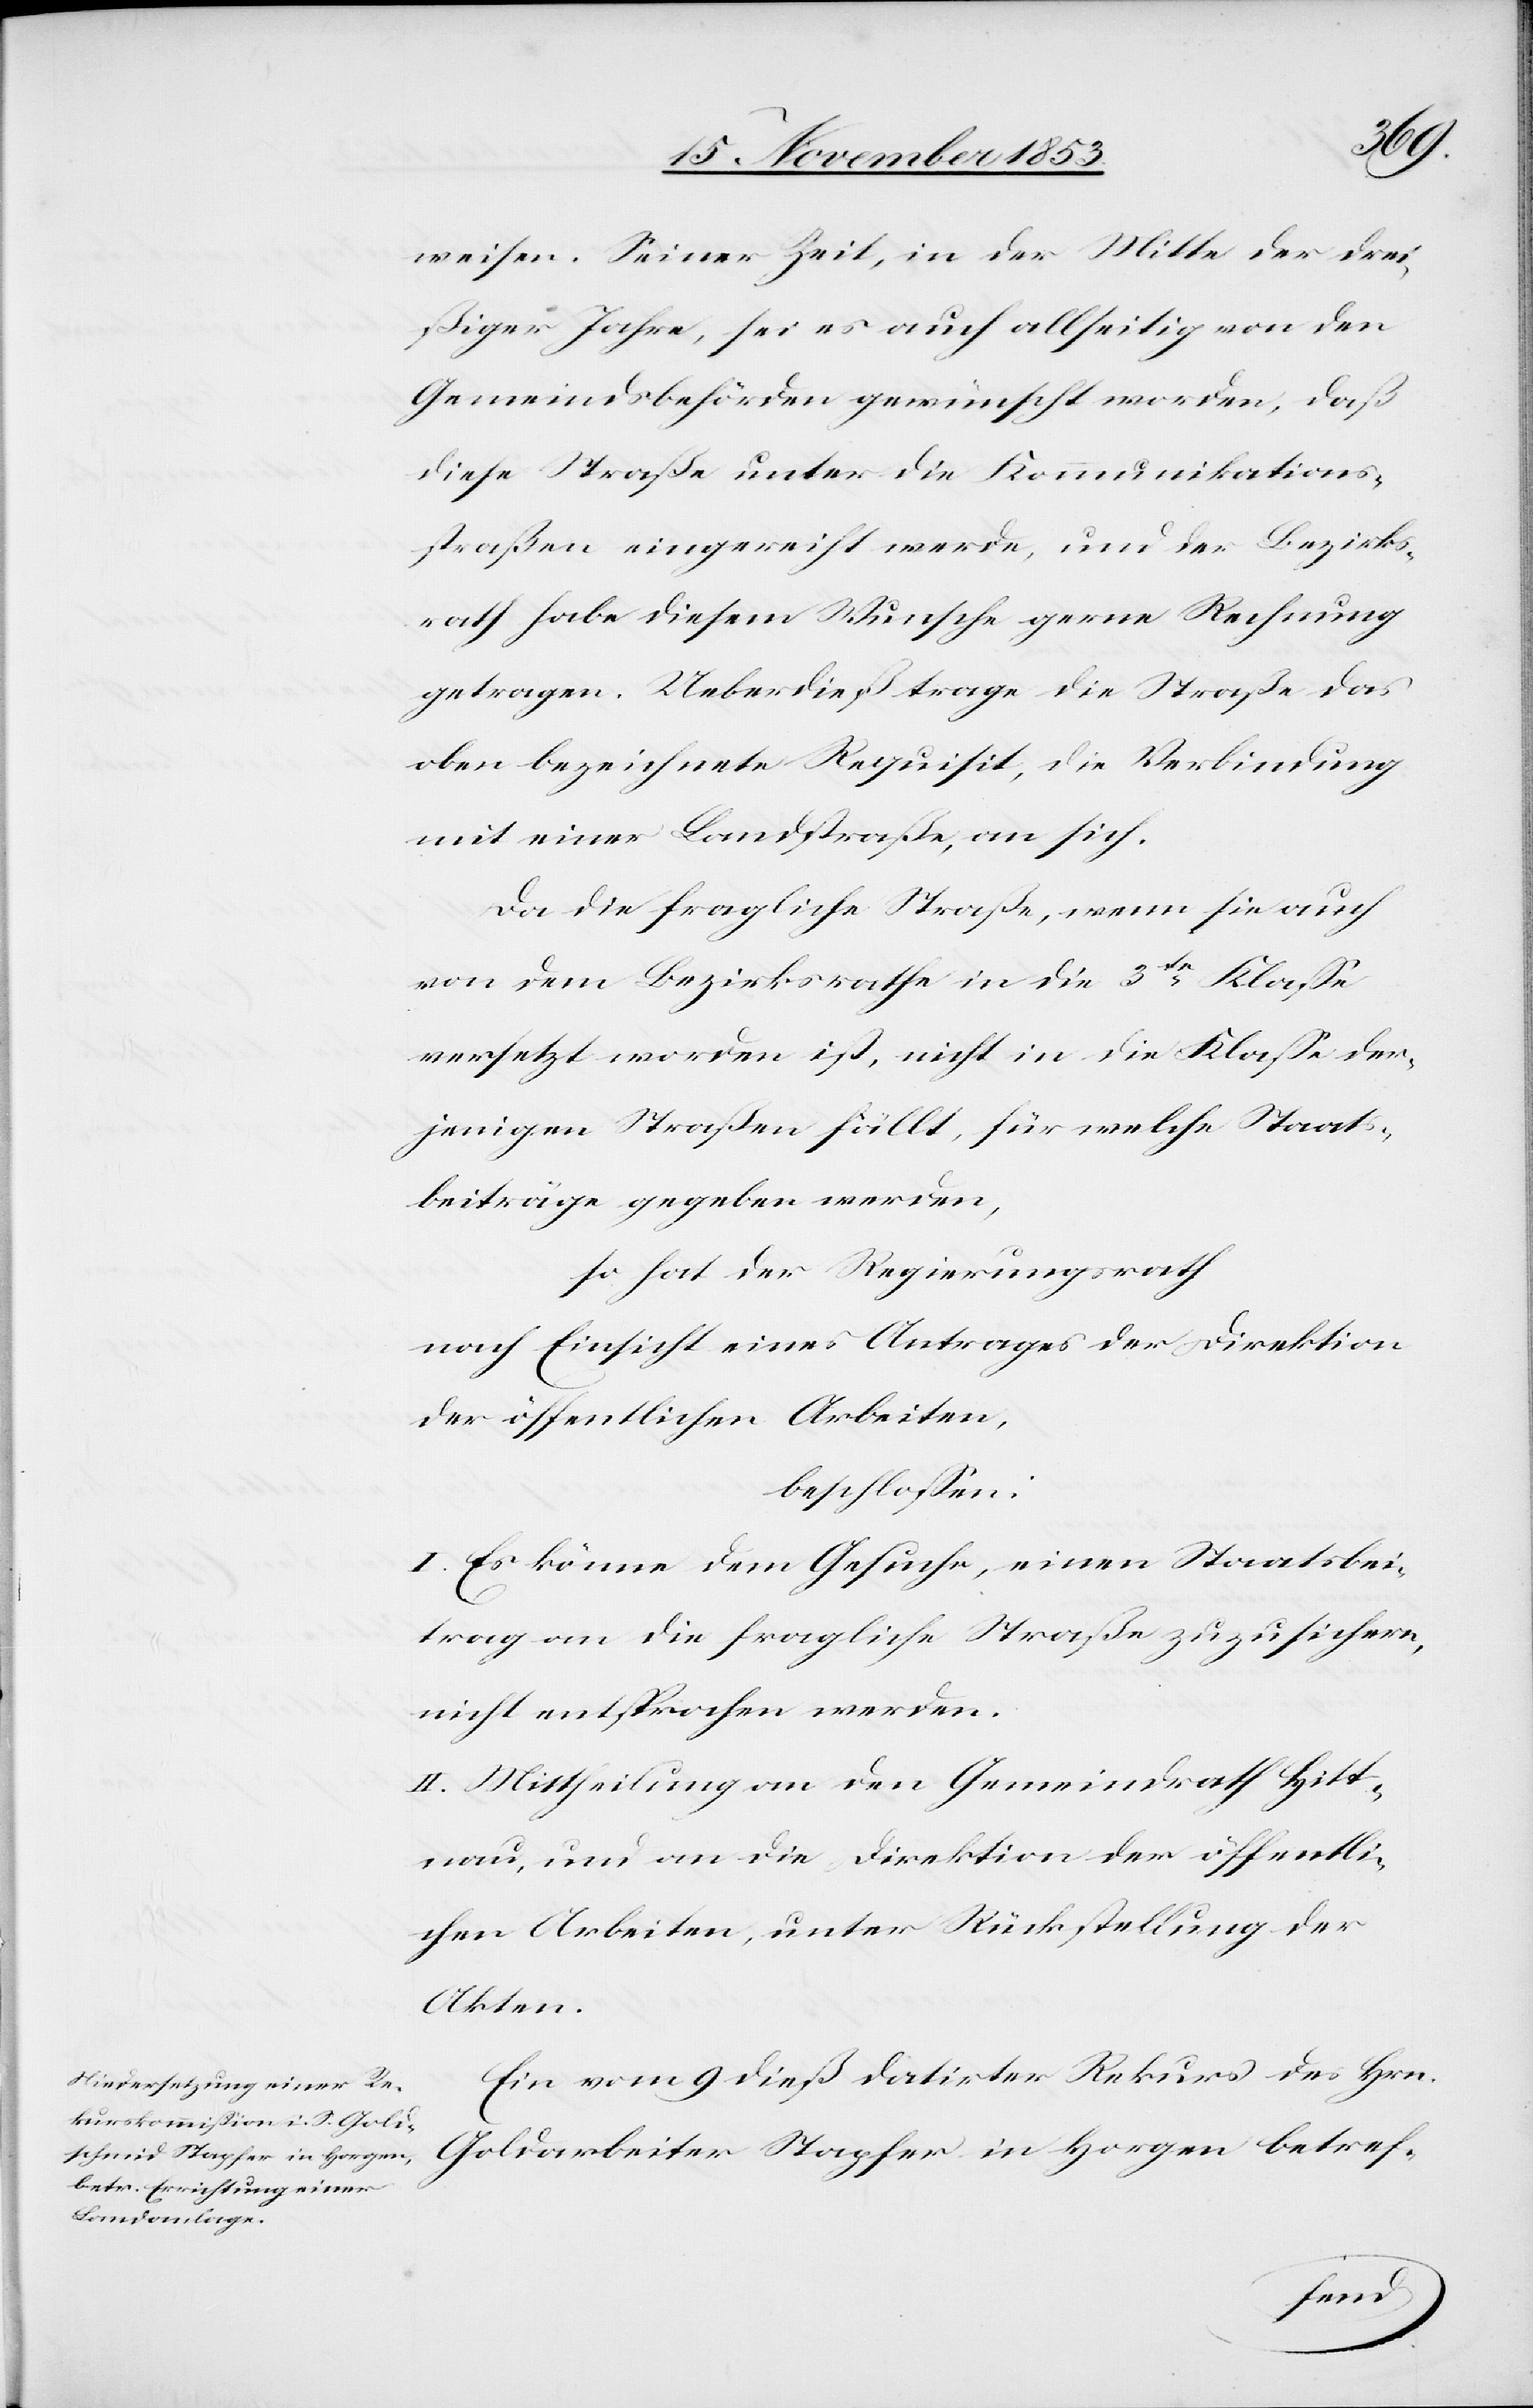
weisen. Seiner Zeit, in der Mitte der drei¬
ßiger Jahre, sei es auch allseitig von den
Gemeindsbehörden gewünscht worden, daß
diese Straße unter die Kommunikations¬
straßen eingereiht werde, und der Bezirks¬
rath habe diesem Wunsche gerne Rechnung
getragen. Ueberdieß trage die Straße das
oben bezeichneten Requisit, die Verbindung
mit einer Landstraße, an sich.
Da die fragliche Straße, wenn sie auch
von dem Bezirksrathe in die 3te Klasse
versetzt worden ist, nicht in die Klaße der¬
jenigen Straßen fällt, für welche Staats¬
beiträge gegeben werden,
so hat der Regierungsrath
nach Einsicht eines Antrages der Direktion
der öffentlichen Arbeiten,
beschloßen:
I. Es könne dem Gesuche, einen Staatsbei¬
trag an die fragliche Straße zuzusichern,
nicht entsprochen werden.
II. Mittheilung an den Gemeindrath Hitt¬
nau, und an die Direktion der öffentli¬
chen Arbeiten, unter Rückstellung der
Akten.
Ein vom 9 dieß datirter Rekurs des Hrn.
Goldarbeiter Stapfer in Horgen betref-